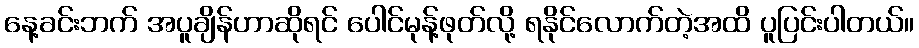
နေ့ခင်းဘက် အပူချိန်ဟာဆိုရင် ပေါင်မုန့်ဖုတ်လို့ ရနိုင်လောက်တဲ့အထိ ပူပြင်းပါတယ်။